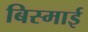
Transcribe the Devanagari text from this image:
बिस्माई